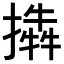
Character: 𢵜